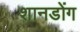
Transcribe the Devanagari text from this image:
शानडोंग